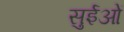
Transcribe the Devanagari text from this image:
सुईओं